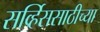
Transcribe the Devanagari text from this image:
सर्व्हिससाठीच्या